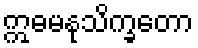
ဣဓမနုသိက္ခတော